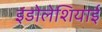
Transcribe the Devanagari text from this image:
इंडोलेशियाई